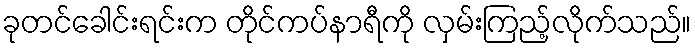
ခုတင်ခေါင်းရင်းက တိုင်ကပ်နာရီကို လှမ်းကြည့်လိုက်သည်။